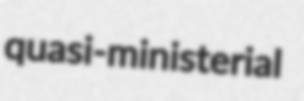
quasi-ministerial